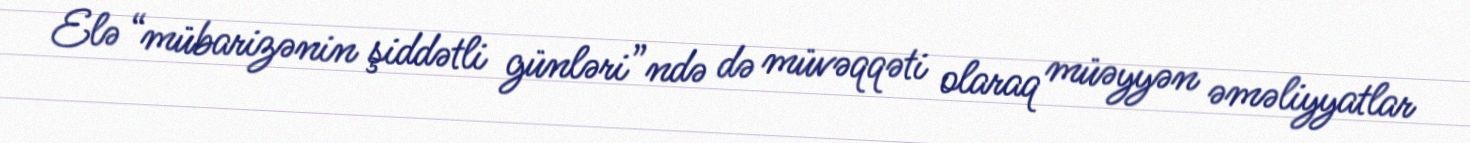
Elə “mübarizənin şiddətli günləri”ndə də müvəqqəti olaraq müəyyən əməliyyatlar